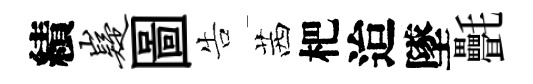
績嶷圖告茜杷迨墜㲲